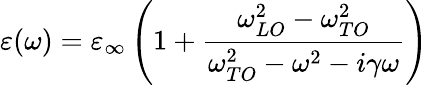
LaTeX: \varepsilon(\omega)=\varepsilon_{\infty}\left(1+\frac{\omega_{LO}^{2}-\omega_{TO}^{2}}{\omega_{TO}^{2}-\omega^{2}-i\gamma\omega}\right)